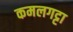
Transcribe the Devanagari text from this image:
कमलगट्टा